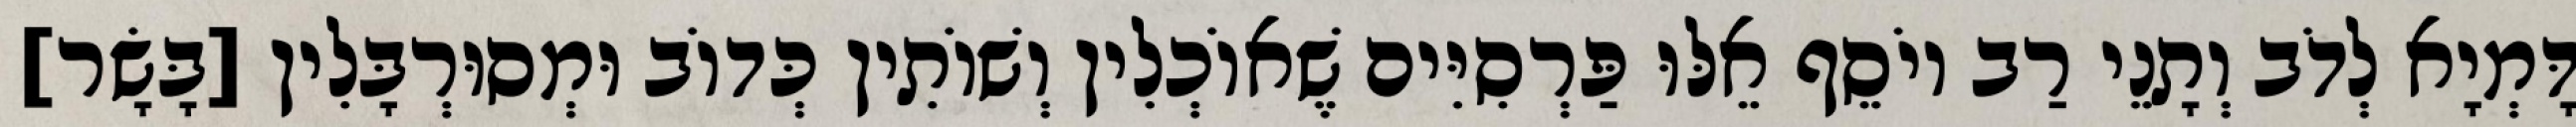
דָּמְיָא לְדֹב וְתָנֵי רַב יוֹסֵף אֵלּוּ פַּרְסִיִּים שֶׁאוֹכְלִין וְשׁוֹתִין כְּדוֹב וּמְסוּרְבָּלִין [בָּשָׂר]